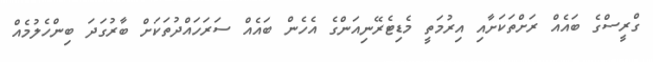
ގްރީސްގެ ބައެއް ރަށްތަކަށާއި އިރުމަތީ މެޑިޓެރޭނިއަންގެ އެހެން ބައެއް ސަރަހައްދުތަކަށް ބާރުގަދަ ބިންހެލުމެއް